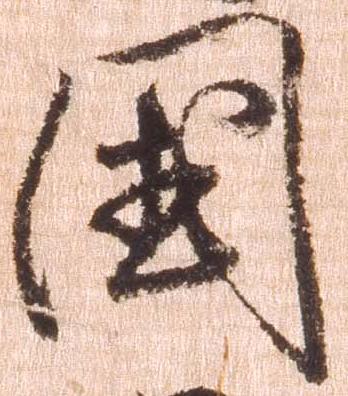
国